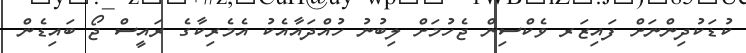
ކުޑަކުދިންނަށް ފައިޒަރ ވެކްސިން ޖެހުމަށް ލިބުނު ހުއްދައާއެކު އެމެރިކާގެ ރައީސް ޖޯ ބައިޑެން